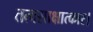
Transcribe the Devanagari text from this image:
तत्वसाक्षात्कार।